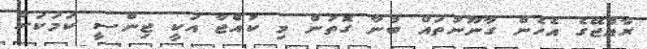
ރާއްޖޭގެ އެހެން ގާނޫނުތައް ބުނާ ގޮތުން މި ކުއްޖާ އަކީ ޖިންސީ ކަމަކަށް